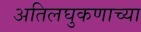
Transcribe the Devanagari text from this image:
अतिलघुकणाच्या